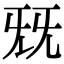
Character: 兓